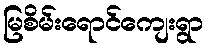
မြစိမ်းရောင်ကျေးရွာ